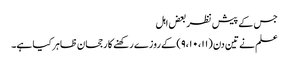
جس کے پیش نظر بعض اہل
علم نے تین دن (۹،۱۰،۱۱) کے روزے رکھنے کا رجحان ظاہر کیا ہے۔